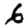
Digit: 6